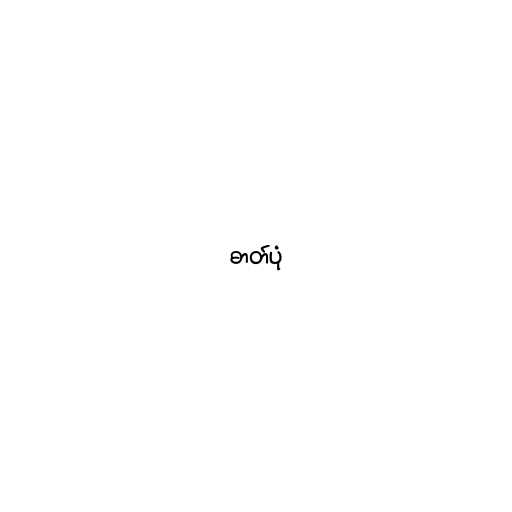
ဓာတ်ပုံ